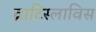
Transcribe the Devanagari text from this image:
व्राटिस्लाविस